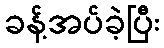
ခန့်အပ်ခဲ့ပြီး